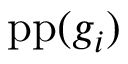
\operatorname { p p } ( g _ { i } )